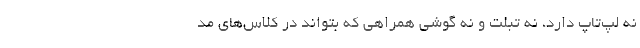
نه لپ‌تاپ دارد، نه تبلت و نه گوشی همراهی که بتواند در کلاس‌های مد